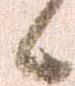
候